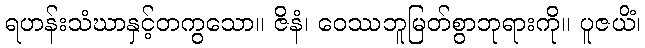
ရဟန်းသံဃာနှင့်တကွသော။ ဇိနံ၊ ဝေဿဘူမြတ်စွာဘုရားကို။ ပူဇယိံ၊